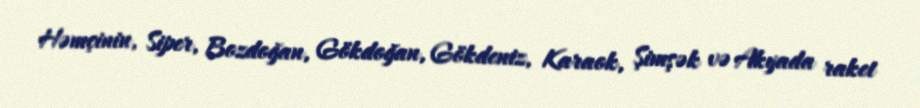
Həmçinin, Siper, Bozdoğan, Gökdoğan, Gökdeniz, Karaok, Şimşək və Akyada raket